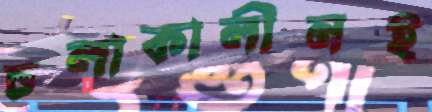
চলাকালীনই